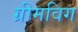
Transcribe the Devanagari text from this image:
ग्रीमविग